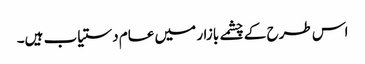
اس طرح کے چشمے بازار میں عام دستیاب ہیں۔